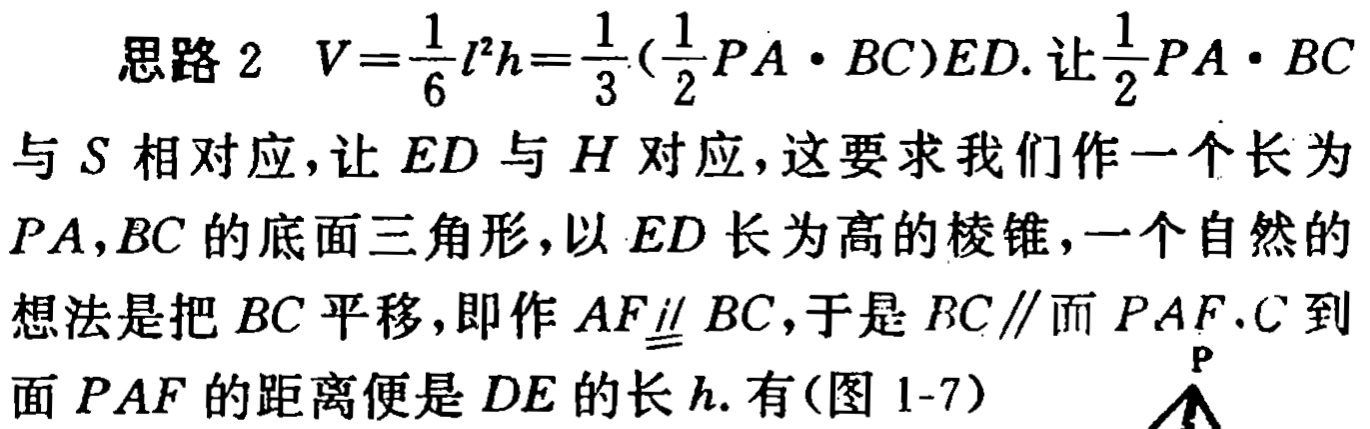
思路 2 \(V = \frac{1}{6}l^{2}h=\frac{1}{3}(\frac{1}{2}PA\cdot BC)ED\). 让\(\frac{1}{2}PA\cdot BC\)与 \(S\) 相对应，让 \(ED\) 与 \(H\) 对应，这要求我们作一个长为 \(PA,BC\) 的底面三角形，以 \(ED\) 长为高的棱锥，一个自然的想法是把 \(BC\) 平移，即作 \(AF\underline{\underline{\parallel}} BC\)，于是 \(BC\parallel\)面 \(PAF\)，\(C\) 到面 \(PAF\) 的距离便是 \(DE\) 的长 \(h\). 有(图 1-7)